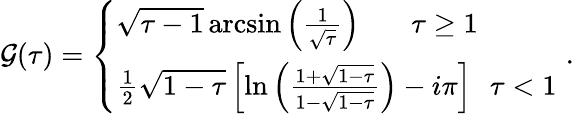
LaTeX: \mathcal{G}(\tau)=\left\{ \begin{array}{l}{{\sqrt{\tau-1}\, \mathrm{arcsin}\left(\frac{1}{\sqrt{\tau}}\right)\, \, \, \, \, \, \, \, \, \, \, \tau\geq 1}}\\ {{\frac{1}{2}\sqrt{1-\tau}\left[\mathrm{ln}\left(\frac{1+\sqrt{1-\tau}}{1-\sqrt{1-\tau}}\right)-i\pi\right]\, \, \, \, \tau<1}}\end{array}\right.\, \, .